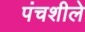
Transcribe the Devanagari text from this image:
पंचशीले